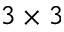
3 \times 3